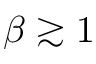
\beta \gtrsim 1